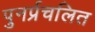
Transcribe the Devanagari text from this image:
पुनर्प्रचलित